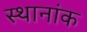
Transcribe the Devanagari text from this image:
स्थानांक